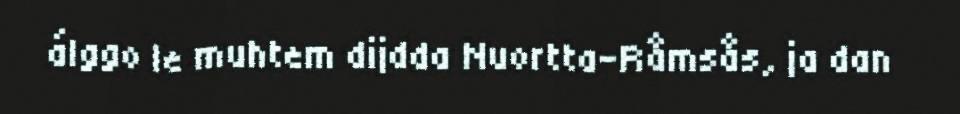
álggo le muhtem dijdda Nuortta-Råmsås, ja dan